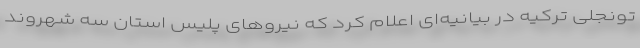
تونجلی ترکیه در بیانیه‌ای اعلام کرد که نیروهای پلیس استان سه شهروند